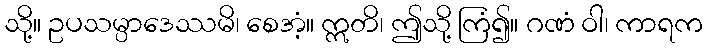
သို့။ ဥပသမ္ပာဒေဿမိ၊ စေအံ့။ ဣတိ၊ ဤသို့ ကြံ၍။ ဂဏံ ဝါ၊ ကာရက